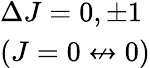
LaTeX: \begin{array}{l}{\Delta J=0,\pm 1}\\ {(J=0\not\leftrightarrow 0)}\end{array}